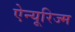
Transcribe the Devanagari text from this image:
ऐन्यूरिज्म